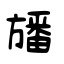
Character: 旙